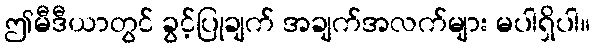
ဤမီဒီယာတွင် ခွင့်ပြုချက် အချက်အလက်များ မပါရှိပါ။